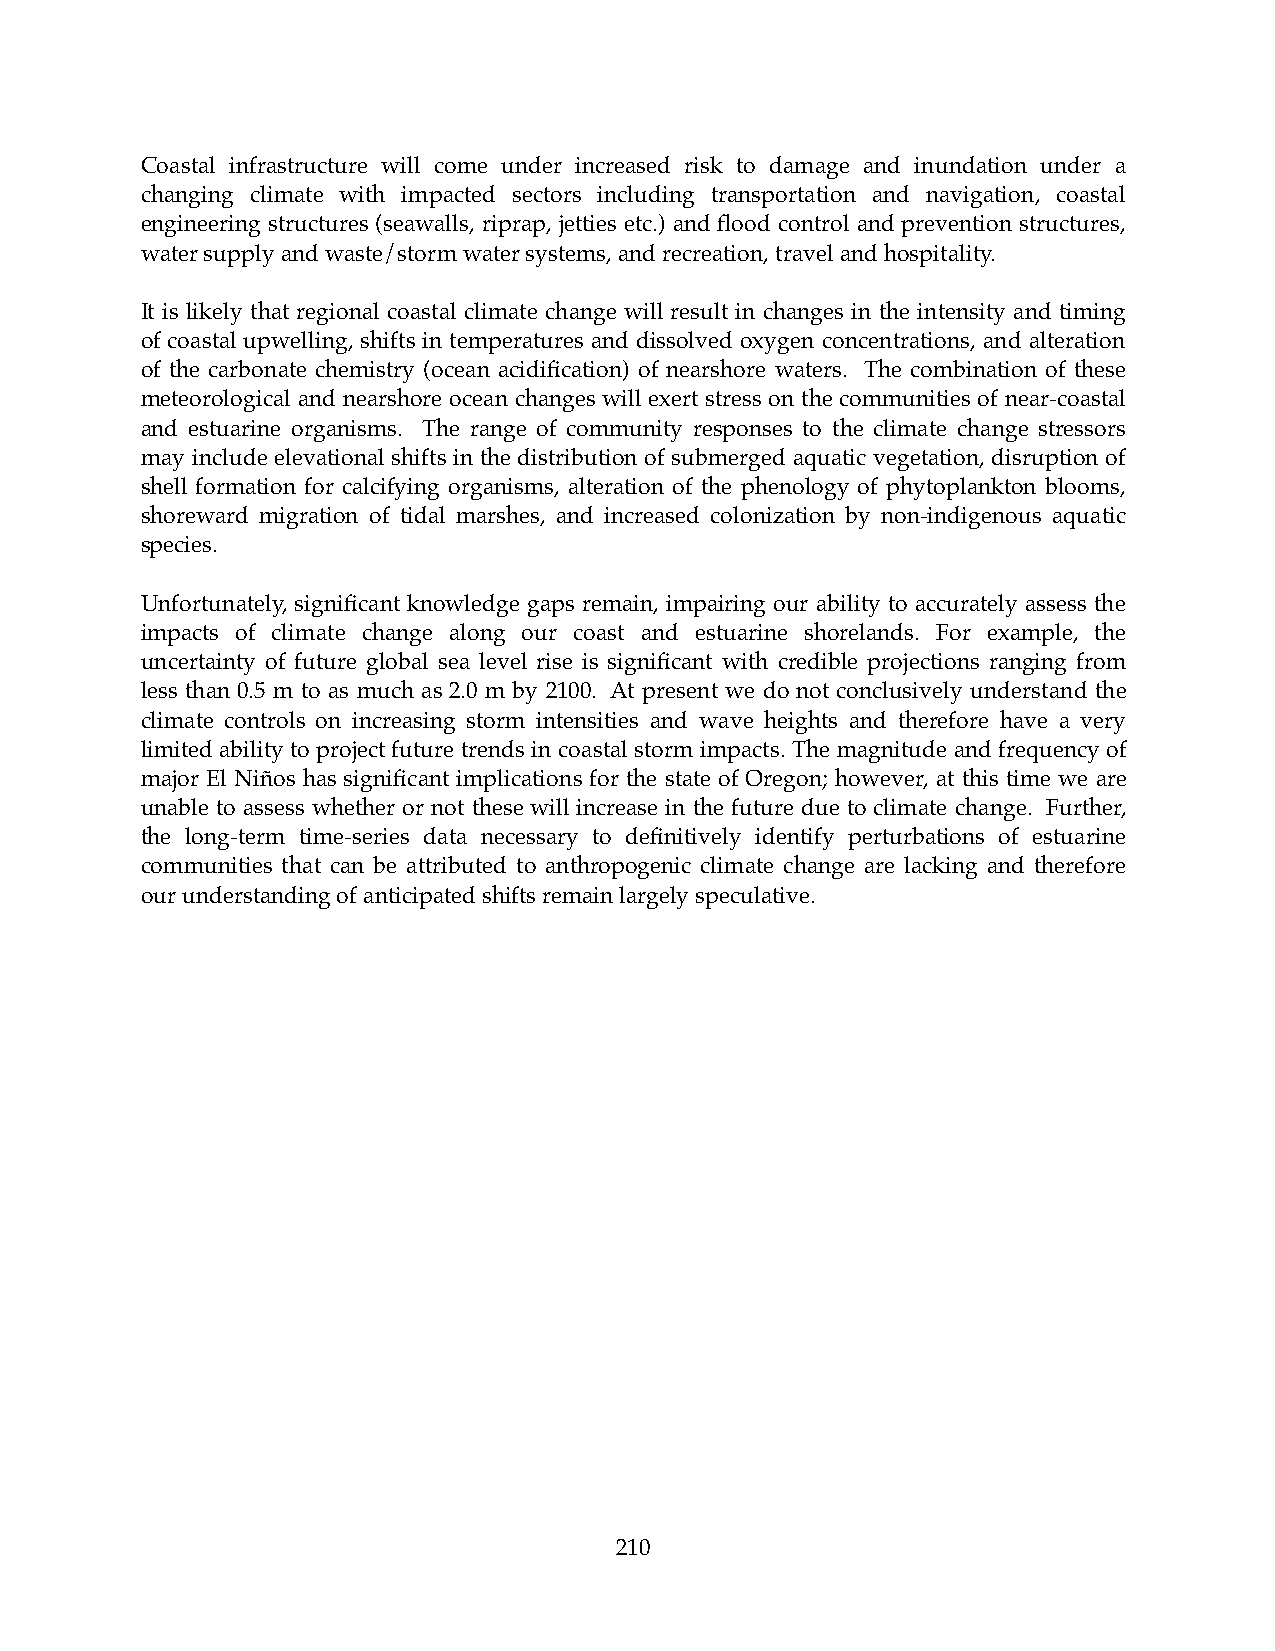
Coastal infrastructure will come under increased risk to damage and inundation under a
 changing climate with impacted sectors including transportation and navigation, coastal
 engineering structures (seawalls, riprap, jetties etc.) and flood control and prevention structures,
 water supply and waste/storm water systems, and recreation, travel and hospitality.
 It is likely that regional coastal climate change will result in changes in the intensity and timing
 of coastal upwelling, shifts in temperatures and dissolved oxygen concentrations, and alteration
 of the carbonate chemistry (ocean acidification) of nearshore waters. The combination of these
 meteorological and nearshore ocean changes will exert stress on the communities of near-coastal
 and estuarine organisms. The range of community responses to the climate change stressors
 may include elevational shifts in the distribution of submerged aquatic vegetation, disruption of
 shell formation for calcifying organisms, alteration of the phenology of phytoplankton blooms,
 shoreward migration of tidal marshes, and increased colonization by non-indigenous aquatic
 species.
 Unfortunately, significant knowledge gaps remain, impairing our ability to accurately assess the
 impacts of climate change along our coast and estuarine shorelands. For example, the
 uncertainty of future global sea level rise is significant with credible projections ranging from
 less than 0.5 m to as much as 2.0 m by 2100. At present we do not conclusively understand the
 climate controls on increasing storm intensities and wave heights and therefore have a very
 limited ability to project future trends in coastal storm impacts. The magnitude and frequency of
 major El Niños has significant implications for the state of Oregon; however, at this time we are
 unable to assess whether or not these will increase in the future due to climate change. Further,
 the long-term time-series data necessary to definitively identify perturbations of estuarine
 communities that can be attributed to anthropogenic climate change are lacking and therefore
 our understanding of anticipated shifts remain largely speculative.
 210